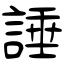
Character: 諈